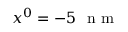
x ^ { 0 } = - 5 ~ \mathrm { ~ n ~ m ~ }